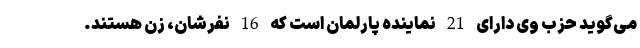
می‌گوید حزب وی دارای 21 نماینده پارلمان است که 16 نفرشان، زن هستند.